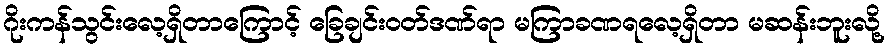
ဂိုးကန်သွင်းလေ့ရှိတာကြောင့် ခြေချင်းဝတ်ဒဏ်ရာ မကြာခဏရလေ့ရှိတာ မဆန်းဘူးလို့